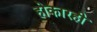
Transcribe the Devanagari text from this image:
होकारही